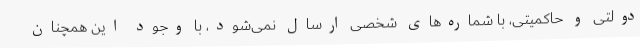
دولتی و حاکمیتی، با شماره‌های شخصی ارسال نمی‌شود، با وجود این همچنان